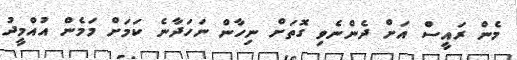
މެން ރައީސް އަށް ދެންނެވި ގޮތަށް ނިހާން ނަހަދާނެ ކަމަށް މަމެން އުއްމީދު